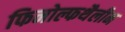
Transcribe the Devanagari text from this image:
फिनोल्फथैलीन